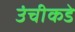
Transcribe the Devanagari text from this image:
उंचीकडे